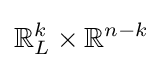
\mathbb {R} _{L}^{k}\times \mathbb {R} ^{n-k}